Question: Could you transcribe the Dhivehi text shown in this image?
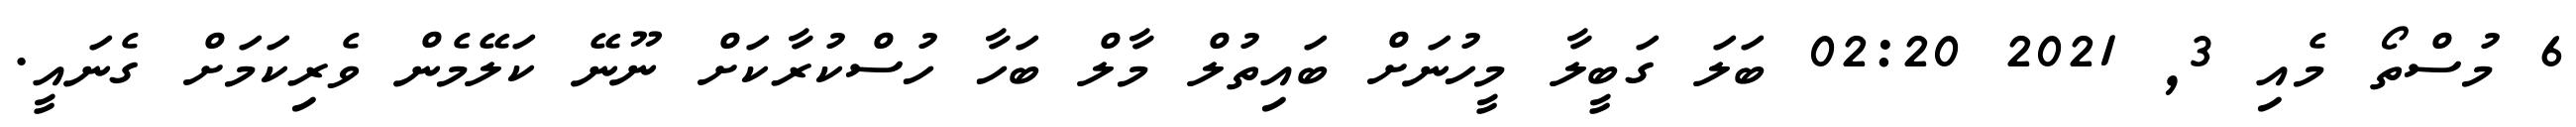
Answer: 6 މުސްތޯ މެއި 3, 2021 02:20 ބަލަ ގަބީލާ މީހުނަށް ބައިތުލް މާލް ބަހާ ހުސްކުރާކަށް ނޫނޭ ކަލޭމެން ވެރިކަމަށް ގެނައީ.